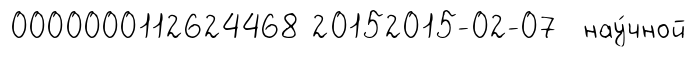
0000000112624468 20152015-02-07 нау́чной